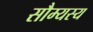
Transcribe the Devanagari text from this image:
सौम्यस्य